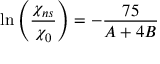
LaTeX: \ln \left( \frac { \chi _ { n s } } { \chi _ { 0 } } \right) = - \frac { 7 5 } { A + 4 B }